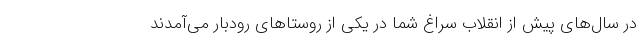
در سال‌های پیش از انقلاب سراغ شما در یکی از روستاهای رودبار می‌آمدند